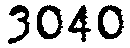
3040